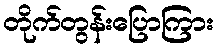
တိုက်တွန်းပြောကြား